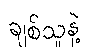
ချစ်သူနဲ့